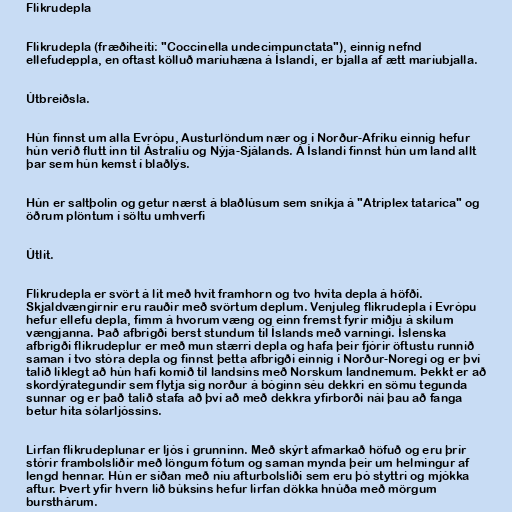
Flikrudepla

Flikrudepla (fræðiheiti: "Coccinella undecimpunctata"), einnig nefnd
ellefudeppla, en oftast kölluð maríuhæna á Íslandi, er bjalla af ætt maríubjalla.

Útbreiðsla.

Hún finnst um alla Evrópu, Austurlöndum nær og í Norður-Afríku einnig hefur
hún verið flutt inn til Ástralíu og Nýja-Sjálands. Á Íslandi finnst hún um land allt
þar sem hún kemst í blaðlýs.

Hún er saltþolin og getur nærst á blaðlúsum sem sníkja á "Atriplex tatarica" og
öðrum plöntum í söltu umhverfi

Útlit.

Flikrudepla er svört á lit með hvít framhorn og tvo hvíta depla á höfði.
Skjaldvængirnir eru rauðir með svörtum deplum. Venjuleg flikrudepla í Evrópu
hefur ellefu depla, fimm á hvorum væng og einn fremst fyrir miðju á skilum
vængjanna. Það afbrigði berst stundum til Íslands með varningi. Íslenska
afbrigði flikrudeplur er með mun stærri depla og hafa þeir fjórir öftustu runnið
saman í tvo stóra depla og finnst þetta afbrigði einnig í Norður-Noregi og er því
talið líklegt að hún hafi komið til landsins með Norskum landnemum. Þekkt er að
skordýrategundir sem flytja sig norður á bóginn séu dekkri en sömu tegunda
sunnar og er það talið stafa að því að með dekkra yfirborði nái þau að fanga
betur hita sólarljóssins.

Lirfan flikrudeplunar er ljós í grunninn. Með skýrt afmarkað höfuð og eru þrír
stórir frambolsliðir með löngum fótum og saman mynda þeir um helmingur af
lengd hennar. Hún er síðan með níu afturbolsliði sem eru þó styttri og mjókka
aftur. Þvert yfir hvern lið búksins hefur lirfan dökka hnúða með mörgum
bursthárum.